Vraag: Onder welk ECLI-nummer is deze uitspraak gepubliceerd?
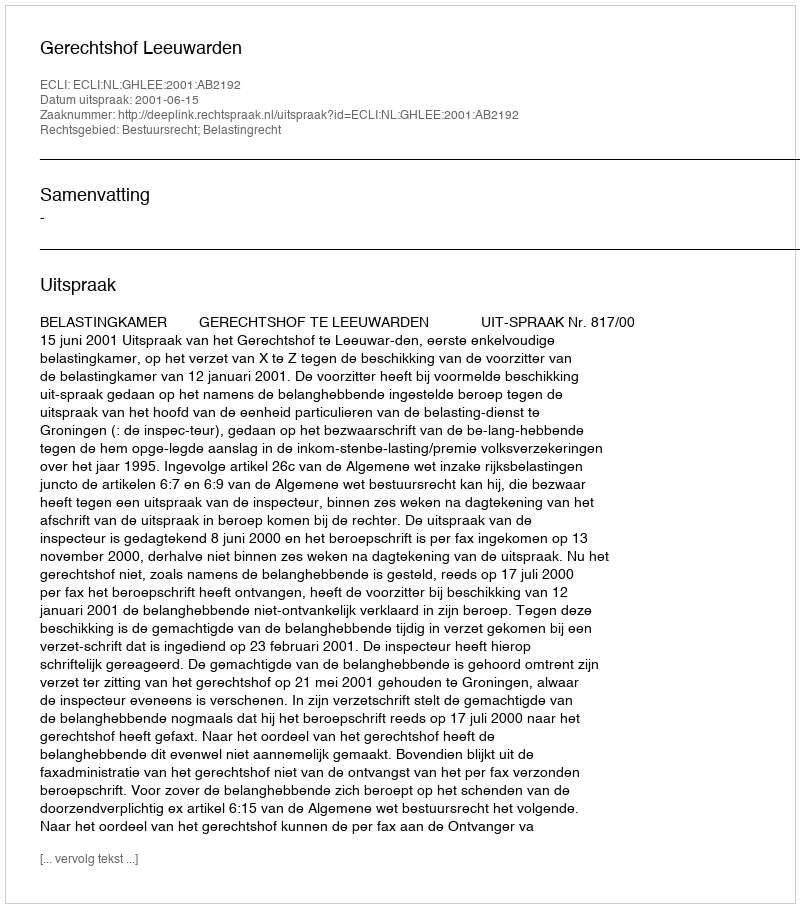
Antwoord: ECLI:NL:GHLEE:2001:AB2192